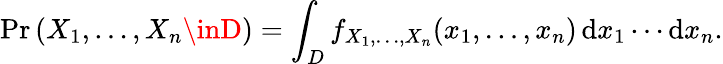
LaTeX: \operatorname*{Pr}\left(X_{1},\ldots,X_{n}\inD\right)=\int_{D}f_{X_{1},\ldots,X_{n}}(x_{1},\ldots,x_{n})\, \mathrm{d}x_{1}\cdots\mathrm{d}x_{n}.